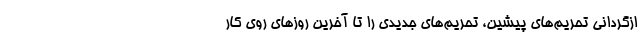
ازگردانی تحریم‌های پیشین، تحریم‌های جدیدی را تا آخرین روزهای روی کار